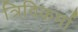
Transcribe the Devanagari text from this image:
त्रिविकर्मा